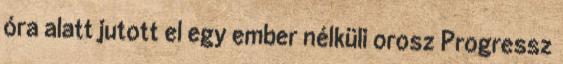
óra alatt jutott el egy ember nélküli orosz Progressz